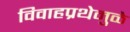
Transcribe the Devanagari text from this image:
विवाहप्रथेमुळे